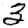
Digit: 3